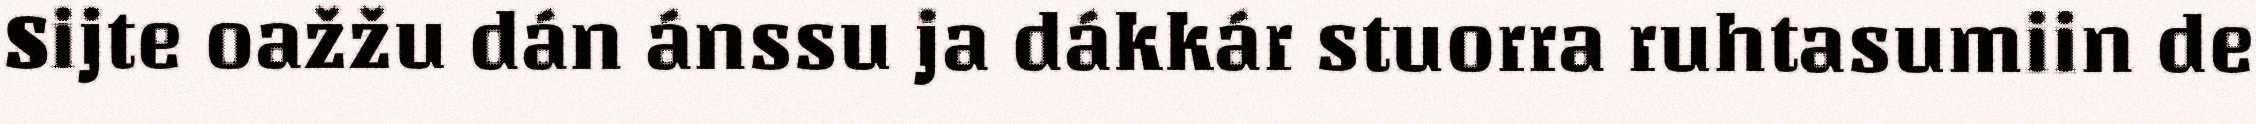
Sijte oažžu dán ánssu ja dákkár stuorra ruhtasumiin de